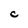
Character: C